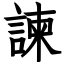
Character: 諫